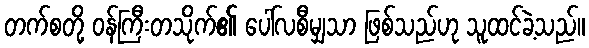
တက်စတို့ ဝန်ကြီးတသိုက်၏ ပေါ်လစီမျှသာ ဖြစ်သည်ဟု သူထင်ခဲ့သည်။